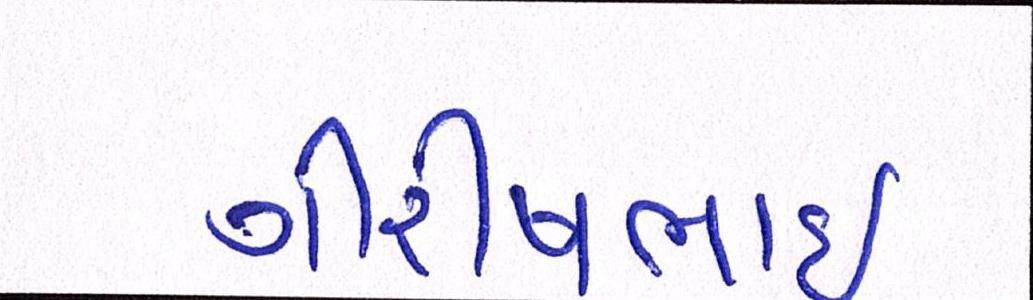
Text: ગીરીષભાઈ